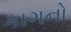
કાગનો